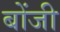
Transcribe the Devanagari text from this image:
बोंजी